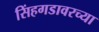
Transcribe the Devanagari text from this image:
सिंहगडावरच्या